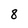
Character: 8